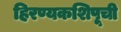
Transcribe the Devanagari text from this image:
हिरण्यकशिपूची